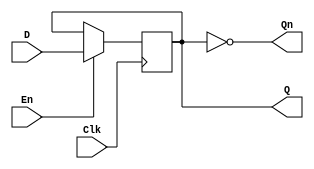
module edge_triggered_gated_latch (
    input wire D,      // Data Input
    input wire Clk,    // Clock Input
    input wire En,     // Enable Input
    output reg Q,      // Output Q
    output wire Qn     // Complementary Output Q'
);

    // Internal signal to detect the rising edge of the clock
    reg Clk_prev;

    always @(posedge Clk) begin
        // Capture the value of D only when Enable is high
        if (En) begin
            Q <= D;  // Latch the input D
        end
        // If Enable is low, retain the previous value of Q
    end

    // Complementary output
    assign Qn = ~Q;

endmodule